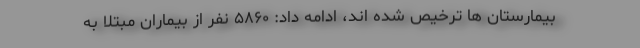
بیمارستان ها ترخیص شده اند، ادامه داد: ۵۸۶۰ نفر از بیماران مبتلا به